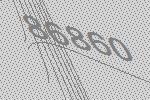
86860